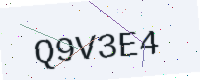
Text: Q9V3E4